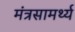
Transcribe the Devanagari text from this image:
मंत्रसामर्थ्य